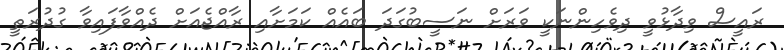
ރައީސް ވިދާޅުވީ ދިވެހިންނަކީ ވަރަށް ނަސީބުގަދަ ބައެއް ކަމަށާއި ރާއްޖެއަށް ދެއްވާފައިވާ ގުދުރަތީ